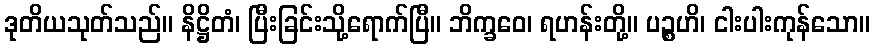
ဒုတိယသုတ်သည်။ နိဋ္ဌိတံ၊ ပြီးခြင်းသို့ရောက်ပြီ။ ဘိက္ခဝေ၊ ရဟန်းတို့။ ပဉ္စဟိ၊ ငါးပါးကုန်သော။